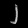
Digit: ၂